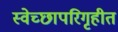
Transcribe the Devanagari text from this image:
स्वेच्छापरिगृहीत